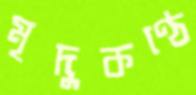
মৃদুকণ্ঠে